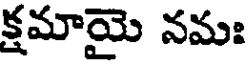
క్షమాయై నమః